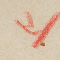
٣